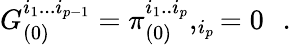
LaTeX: G_{(0)}^{i_{1}...i_{p-1}}=\pi_{(0)}^{i_{1}..i_{p}},_{i_{p}}=0\, \, \, \, .